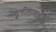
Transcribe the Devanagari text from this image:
सुनीताबाईंचा